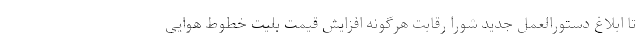
تا ابلاغ دستورالعمل جدید شورا رقابت هرگونه افزایش قیمت بلیت خطوط هوایی